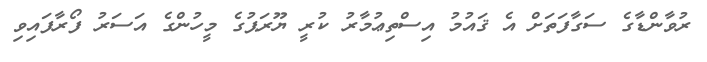
ރުވާންޑާގެ ސަގާފަތަށް އެ ޤައުމު އިސްތިޢުމާރު ކުރީ ޔޫރަޕުގެ މީހުންގެ އަސަރު ފޯރާފައިވި